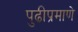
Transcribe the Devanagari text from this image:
पुढीप्रमाणे